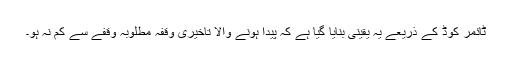
ٹائمر کوڈ کے ذریعے یہ یقینی بنایا گیا ہے کہ پیدا ہونے والا تاخیری وقفہ مطلوبہ وقفے سے کم نہ ہو۔